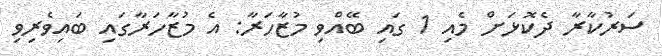
ސަރުކާރާ ދެކޮޅަށް މެއި 1 ގައި ބޭއްވި މުޒާހަރާ: އެ މުޒާހަރާގައި ބައިވެރިވި